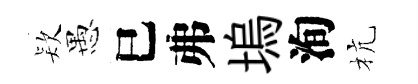
𣣇愚巳弗塢洵杭